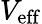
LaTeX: V_{\mathrm{eff}}